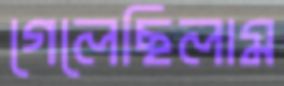
গেলেছিলাম